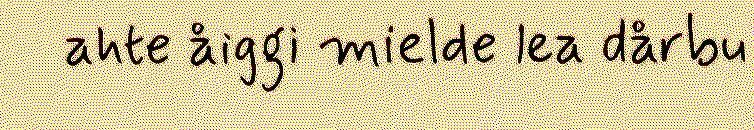
ahte åiggi mielde lea dårbu